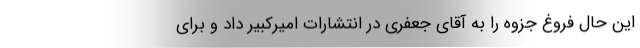
این حال فروغ جزوه را به آقای جعفری در انتشارات امیرکبیر داد و برای